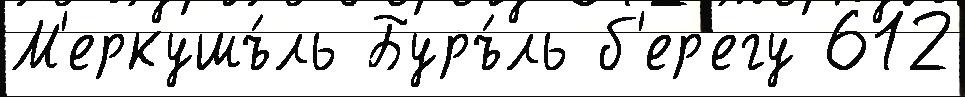
М'еркушъ́ль Буръ́ль б'ер'егу 612